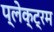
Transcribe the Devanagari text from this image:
प्लेक्ट्रम